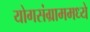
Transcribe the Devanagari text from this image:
योगसंग्राममध्ये